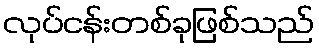
လုပ်ငန်းတစ်ခုဖြစ်သည်